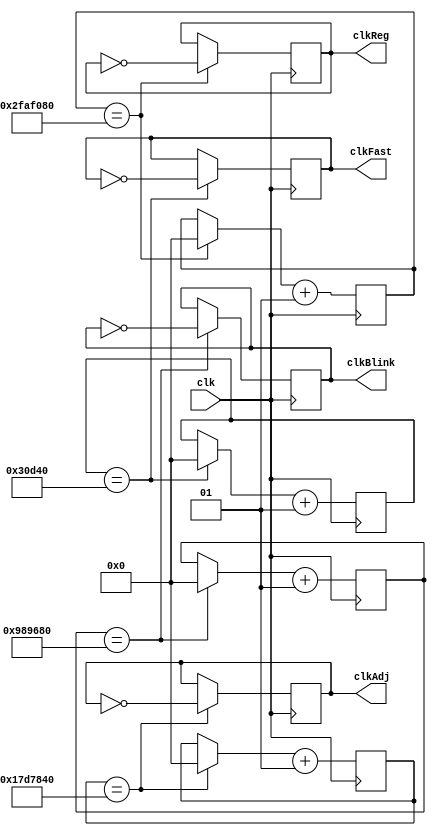
`timescale 1ns / 1ps
//////////////////////////////////////////////////////////////////////////////////
// Company: 
// Engineer: 
// 
// Design Name: 
// Module Name: Clock
// Project Name: 
// Target Devices: 
// Tool Versions: 
// Description: 
// 
// Dependencies: 
// 
// Revision:
// Revision 0.01 - File Created
// Additional Comments:
// 
//////////////////////////////////////////////////////////////////////////////////

// Things to look out for: we don't have the USB-UART stuff set up here yet,
// also, we use = for initializing and also look out for integer overflow.
module Clock(
    // output 4 clock signals
    clkAdj, clkReg, clkFast, clkBlink,
    // Input
    clk

    );
    // 4 clock outputs
    output       reg clkAdj;                // 2 Hz
    output       reg clkReg;                // 1 Hz
    output       reg clkFast;               // 350 Hz --> 500 Hz
    output       reg clkBlink;              // 1.x Hz
    // input
    input        clk;                  // 100MHz == 100 * 10^6 Hz
    
    integer regCounter;
    integer adjCounter;
    integer blinkCounter;
    integer fastCounter; // change to sequential or whatever could be bad
        
    // divide by 350 not 80
    initial begin
        clkReg = 0;
        clkAdj = 0;
        clkFast = 0;
        clkBlink = 0;
     end
       
    always @ (posedge clk)
        begin
            if (regCounter == 50000000) // 100000000
                begin
                    clkReg = ~clkReg;
                    regCounter = 0;
                end
            if (adjCounter == 25000000) // 50000000
                begin
                    clkAdj = ~clkAdj;
                    adjCounter = 0;
                end
            if (blinkCounter == 10000000)
                begin
                    clkBlink = ~clkBlink;
                    blinkCounter = 0;
                end
            if (fastCounter == 200000) // 285714
                begin
                    clkFast = ~clkFast;
                    fastCounter = 0;
                end    
            fastCounter = fastCounter + 1;
            blinkCounter = blinkCounter + 1;
            regCounter = regCounter + 1;
            adjCounter = adjCounter + 1;
        end
 
    
endmodule